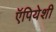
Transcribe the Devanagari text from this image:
ऍपियेशी